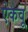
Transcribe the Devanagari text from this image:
ऐकवू